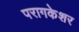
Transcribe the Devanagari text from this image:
परागकेशर